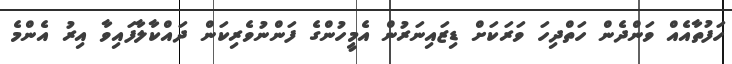
ހަފުތާއެއް ވަންދެން ހަތްދިހަ ވަރަކަށް ޑިޒައިނަރުން އެމީހުންގެ ފަންނުވެރިކަން ދައްކާލާފައިވާ އިރު އެންމެ